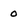
Character: 0